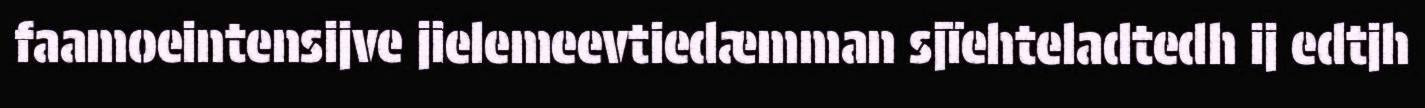
faamoeintensijve jielemeevtiedæmman sjïehteladtedh ij edtjh